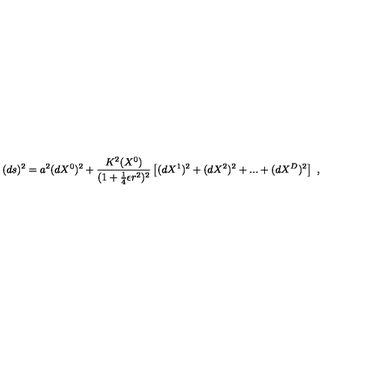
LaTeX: ( d s ) ^ { 2 } = a ^ { 2 } ( d X ^ { 0 } ) ^ { 2 } + \frac { K ^ { 2 } ( X ^ { 0 } ) } { ( 1 + \frac { 1 } { 4 } \epsilon r ^ { 2 } ) ^ { 2 } } \left[ ( d X ^ { 1 } ) ^ { 2 } + ( d X ^ { 2 } ) ^ { 2 } + . . . + ( d X ^ { D } ) ^ { 2 } \right] \ ,